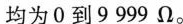
均为0到9999Ω。